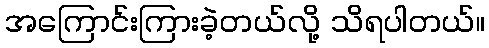
အကြောင်းကြားခဲ့တယ်လို့ သိရပါတယ်။